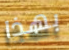
بهذا